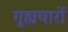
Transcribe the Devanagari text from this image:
गुह्यचारों